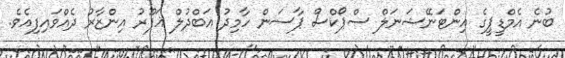
ބުނެ އެމްޑީޕީގެ އިންޓަނޭޝަނަލް ސްޕޯކްސް ޕާސަން ހާމިދު އަބްދުލް ޣަފޫރު އިންޒާރު ދެއްވައިފިއެވެ.